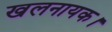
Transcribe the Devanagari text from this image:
खलनायक।